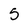
Character: 5